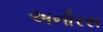
અનૌરસ